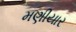
મણીયાર